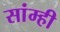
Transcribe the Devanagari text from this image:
सांम्ही